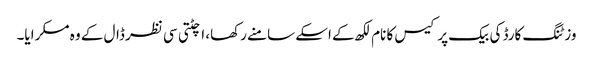
وزٹنگ کارڈ کی بیک پر کیس کا نام لکھ کے اسکے سامنے رکھا، اچٹتی سی نظر ڈال کے وہ مسکرایا۔